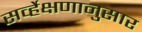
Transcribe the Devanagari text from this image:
सर्व्हेक्षणानुसार